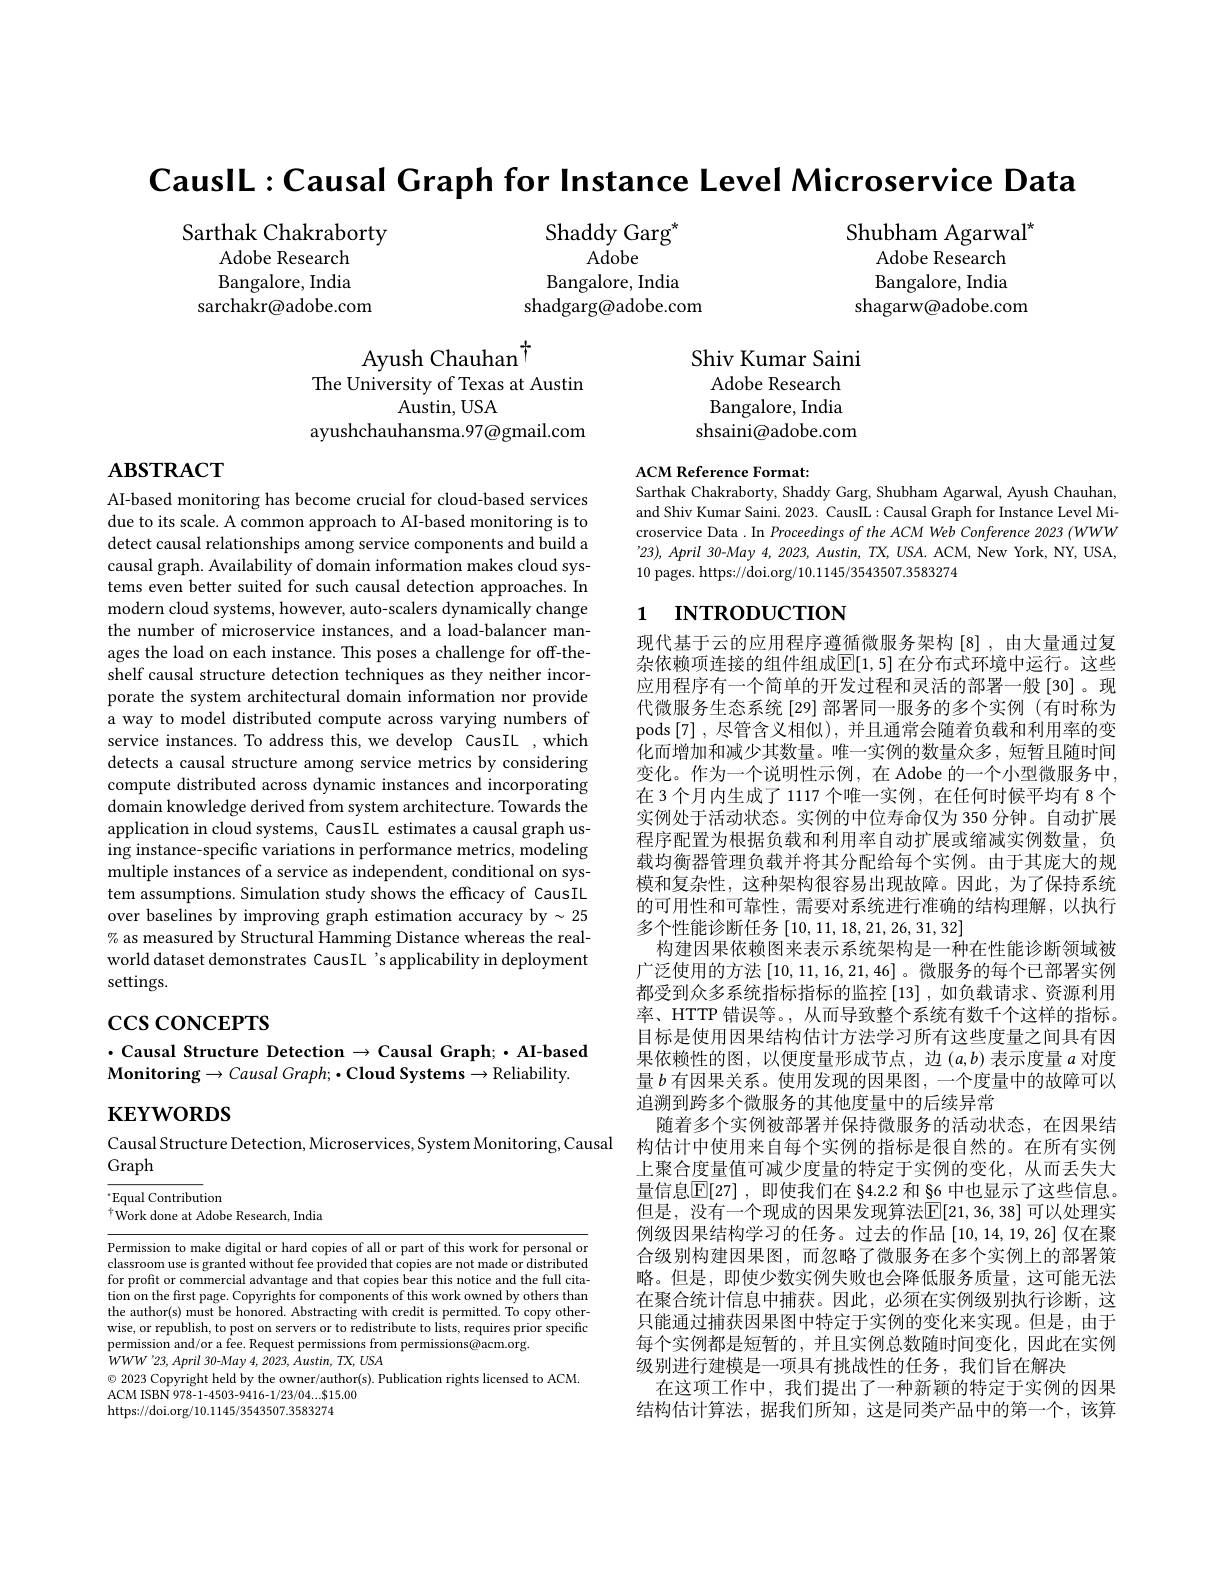
CauslL:Causal Graph for Instance Level Microservice Data

Shaddy Garg$^{\star}$
Adobe
Bangalore, India
shadgarg@adobe.com

Sarthak Chakraborty
Adobe Research Bangalore, India
sarchakr@adobe.com

Shubham Agarwal$^{\star}$
Adobe Research Bangalore, India
shagarw@adobe.com

$\begin{array}{c}\mathrm{Ayush~Chauhan}^{\dagger}\\\mathrm{The~University~of~Texas~at~Austin}\\\end{array}$
Austin, USA
ayushchauhansma.97@gmail.com

Shiv Kumar Saini
Adobe Research Bangalore, India shsaini@adobe.com

# $\mathbf{ABSTRACT}$

ACM Reference Format:
Sarthak Chakraborty, Shaddy Garg, Shubham Agarwal, Ayush Chauhan,

and Shiv Kumar Saini. 2023. CausIL: Causal Graph for Instance Level Microservice Data . In Proceedings of the ACM Web Conference 2023 (WWW '23), April 30-May 4, 2023, Austin, TX, USA. ACM, New York, NY, USA, 10 pages. https://doi.org/10.1145/3543507.3583274

# 1 INTRODUCTION

AI-based monitoring has become crucial for cloud-based services due to its scale. A common approach to AI-based monitoring is to detect causal relationships among service components and build a causal graph. Availability of domain information makes cloud systems even better suited for such causal detection approaches. In modern cloud systems, however, auto-scalers dynamically change the number of microservice instances, and a load-balancer manages the load on each instance. This poses a challenge for off-theshelf causal structure detection techniques as they neither incorporate the system architectural domain information nor provide a way to model distributed compute across varying numbers of service instances. To address this, we develop CausIL ,which detects a causal structure among service metrics by considering compute distributed across dynamic instances and incorporating domain knowledge derived from system architecture. Towards the application in cloud systems, CausIL estimates a causal graph using instance-specific variations in performance metrics, modeling multiple instances of a service as independent, conditional on system assumptions. Simulation study shows the efficacy of CausIL over baselines by improving graph estimation accuracy by $\sim25$ % as measured by Structural Hamming Distance whereas the realworld dataset demonstrates CausIL 's applicability in deployment settings.

$\csc\cos$coNCEPTS

现代基于云的应用程序遵循微服务架构[8],由大量通过复杂依赖项连接的组件组成$\mathbb{E}[1,5]$ 在分布式环境中运行。这些应用程序有一个简单的开发过程和灵活的部署一般[30]。现代微服务生态系统 [29] 部署同一服务的多个实例 (有时称为pods[7],尽管含义相似),并且通常会随着负载和利用率的变化而增加和减少其数量。唯一实例的数量众多，短暂且随时间变化。作为一个说明性示例，在 Adobe 的一个小型微服务中， 在 3 个月内生成了 1117 个唯一实例，在任何时候平均有 8 个实例处于活动状态。实例的中位寿命仅为 350 分钟。自动扩展程序配置为根据负载和利用率自动扩展或缩减实例数量，负载均衡器管理负载并将其分配给每个实例。由于其庞大的规模和复杂性，这种架构很容易出现故障。因此，为了保持系统的可用性和可靠性，需要对系统进行准确的结构理解，以执行多个性能诊断任务[10,11,18,21,26,31,32]
构建因果依赖图来表示系统架构是一种在性能诊断领域被广泛使用的方法[10,11,16,21,46] 。微服务的每个已部署实例都受到众多系统指标指标的监控[13],如负载请求、资源利用率、HTTP 错误等。, 从而导致整个系统有数千个这样的指标。目标是使用因果结构估计方法学习所有这些度量之间具有因果依赖性的图，以便度量形成节点，边$(a,b)$表示度量$a$对度量$b$有因果关系。使用发现的因果图，一个度量中的故障可以追溯到跨多个微服务的其他度量中的后续异常
随着多个实例被部署并保持微服务的活动状态，在因果结构估计中使用来自每个实例的指标是很自然的。在所有实例上聚合度量值可减少度量的特定于实例的变化，从而丢失大量信息$\mathbb{E}[27]$ ,即使我们在 §4.2.2 和 §6 中也显示了这些信息。但是，没有一个现成的因果发现算法$\overline{\mathbb{E}}[21,36,38]$ 可以处理实例级因果结构学习的任务。过去的作品[10,14,19,26]仅在聚合级别构建因果图，而忽略了微服务在多个实例上的部署策略。但是，即使少数实例失败也会降低服务质量，这可能无法在聚合统计信息中捕获。因此，必须在实例级别执行诊断，这只能通过捕获因果图中特定于实例的变化来实现。但是，由于每个实例都是短暂的，并且实例总数随时间变化，因此在实例级别进行建模是一项具有挑战性的任务，我们旨在解决
在这项工作中，我们提出了一种新颖的特定于实例的因果结构估计算法，据我们所知，这是同类产品中的第一个，该算

## $\cdot$ Causal Structure Detection $\to$Causal Graph; ·AI-based $\mathbf{Monitoring}\to Causal$ Graph;$\bullet \mathbf{Cloud}\textbf{Systems}\to$Reliability.

$\mathbf{KEYWORDS}$

Causal Structure Detection, Microservices, System Monitoring, Causal
Graph

$^{\cdot}$Equal Contribution
$^{\dagger}\dot{\mathrm{Work~done~at~Adobe~Research,~India}}$

Permission to make digital or hard copies of all or part of this work for personal or classroom use is granted without fee provided that copies are not made or distributed for profit or commercial advantage and that copies bear this notice and the full citation on the first page. Copyrights for components of this work owned by others than the author(s) must be honored. Abstracting with credit is permitted. To copy otherwise, or republish, to post on servers or to redistribute to lists, requires prior specific permission and/or a fee. Request permissions from permissions@acm.org.
$WWW$ '23, April 30-May 4, 2023, Austin, TX, USA
$\odot$ 2023 Copyright held by the owner/author(s). Publication rights licensed to ACM.
ACM ISBN 978-1-4503-9416-1/23/04...$15.00
https://doi.org/10.1145/3543507.3583274